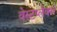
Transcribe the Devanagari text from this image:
वेस्टप्लेक्स